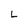
Character: L